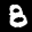
Label: 8